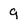
Character: 9